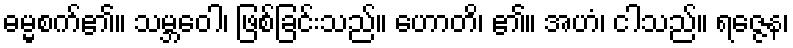
ဓမ္မစက်၏။ သမ္ဘဝေါ၊ ဖြစ်ခြင်းသည်။ ဟောတိ၊ ၏။ အဟံ၊ ငါသည်။ ရဇ္ဇေန၊